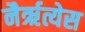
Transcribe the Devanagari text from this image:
नैरृत्येस